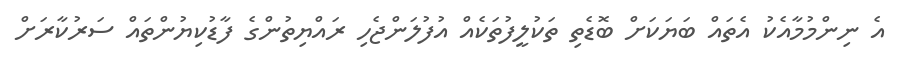
އެ ނިންމުމާއެކު އެތައް ބަޔަކަށް ބޮޑެތި ތަކުލީފުތަކެއް އުފުލަންޖެހި ރައްޔިތުންގެ ފާޑުކިޔުންތައް ސަރުކާރަށް